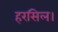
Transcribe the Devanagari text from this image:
हरसिल।